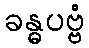
ခန္ဓပဗ္ဗံ